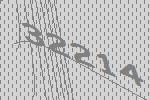
32214